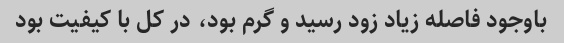
باوجود فاصله زیاد زود رسید و گرم بود، در کل با کیفیت بود